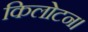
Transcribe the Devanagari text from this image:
किलोटन।